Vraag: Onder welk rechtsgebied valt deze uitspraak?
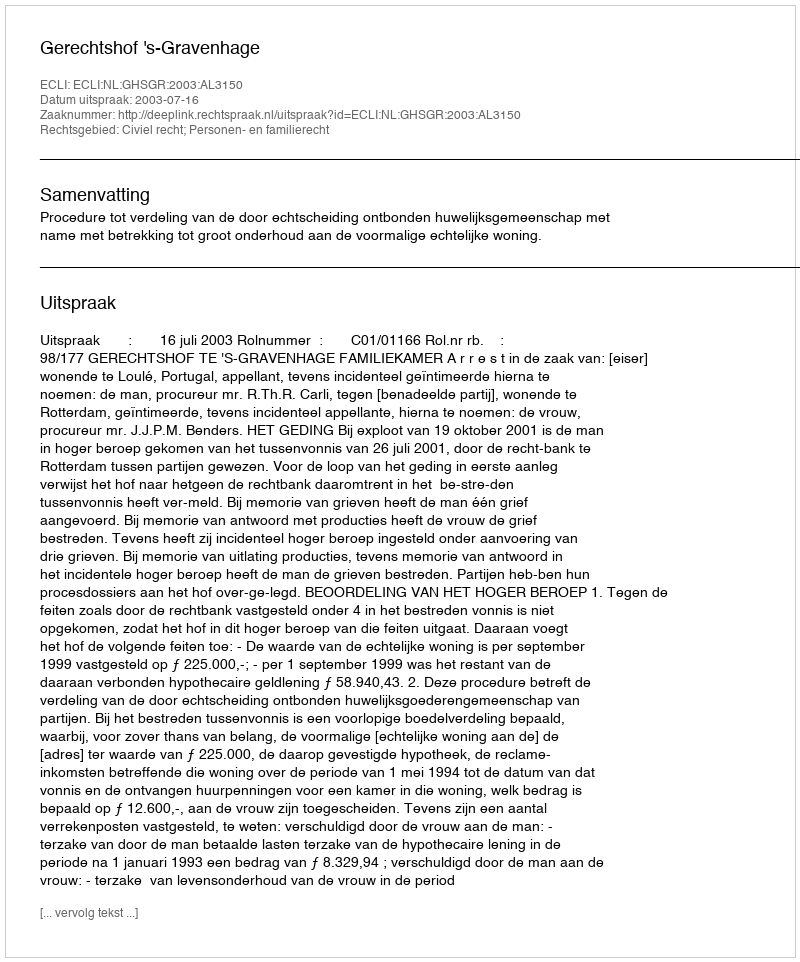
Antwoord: Civiel recht; Personen- en familierecht